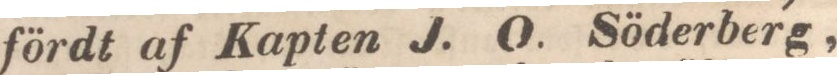
fördt af Kapten J. O. Söderberg,